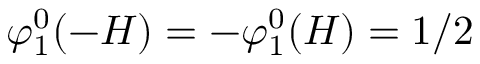
\varphi _ { 1 } ^ { 0 } ( - H ) = - \varphi _ { 1 } ^ { 0 } ( H ) = 1 / 2